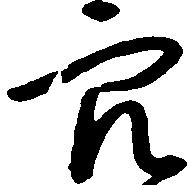
穴